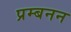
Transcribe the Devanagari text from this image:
प्रम्बनन